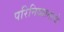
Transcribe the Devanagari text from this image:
परिनिब्बानाचे